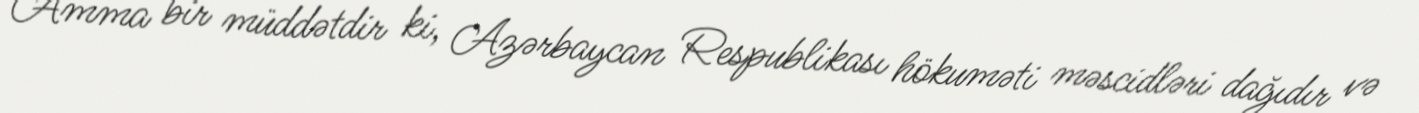
Amma bir müddətdir ki, Azərbaycan Respublikası hökuməti məscidləri dağıdır və